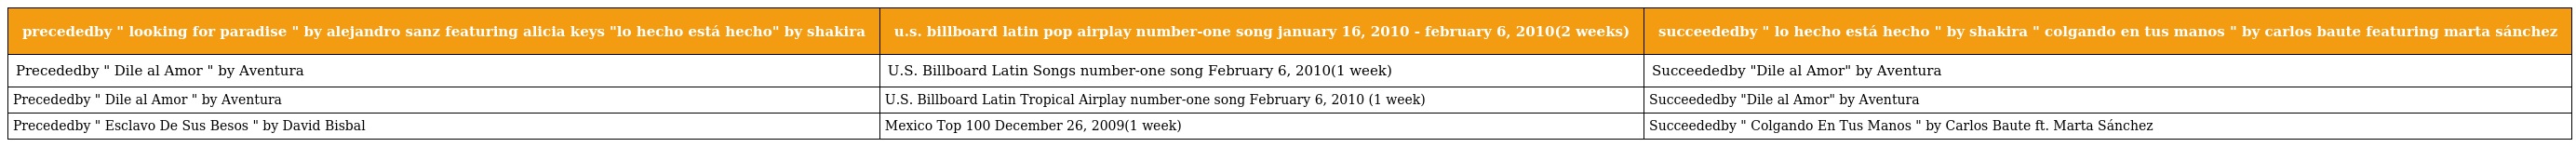
| precededby " looking for paradise " by alejandro sanz featuring alicia keys "lo hecho está hecho" by shakira | u.s. billboard latin pop airplay number-one song january 16, 2010 - february 6, 2010(2 weeks) | succeededby " lo hecho está hecho " by shakira " colgando en tus manos " by carlos baute featuring marta sánchez |
 | --- | --- | --- |
 | Precededby " Dile al Amor " by Aventura | U.S. Billboard Latin Songs number-one song February 6, 2010(1 week) | Succeededby "Dile al Amor" by Aventura |
 | Precededby " Dile al Amor " by Aventura | U.S. Billboard Latin Tropical Airplay number-one song February 6, 2010 (1 week) | Succeededby "Dile al Amor" by Aventura |
 | Precededby " Esclavo De Sus Besos " by David Bisbal | Mexico Top 100 December 26, 2009(1 week) | Succeededby " Colgando En Tus Manos " by Carlos Baute ft. Marta Sánchez |